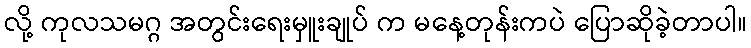
လို့ ကုလသမဂ္ဂ အတွင်းရေးမှူးချုပ် က မနေ့တုန်းကပဲ ပြောဆိုခဲ့တာပါ။